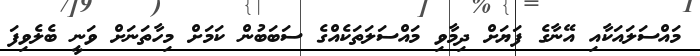
މައްސަލައަކާއި އޭނާގެ ފަޔަށް ދިމާވި މައްސަލަތަކެއްގެ ސަބަބުން ކަމަށް މިހާތަނަށް ވަނީ ބެލެވިފަ